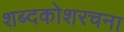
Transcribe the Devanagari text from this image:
शब्दकोशरचना